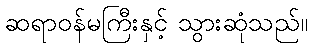
ဆရာဝန်မကြီးနှင့် သွားဆုံသည်။